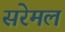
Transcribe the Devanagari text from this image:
सरेमल